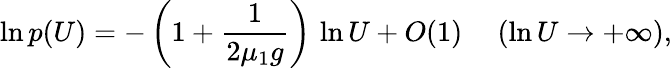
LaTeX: \ln p(U)=-\left(1+\frac{1}{2\mu_{1}g}\right)\, \ln U+O(1)\ \ \ \ \ (\ln U\to+\infty),